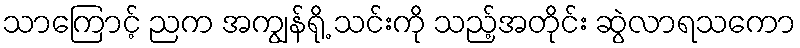
သာကြောင့် ညက အကျွန်ရို့ သင်းကို သည့်အတိုင်း ဆွဲလာရသကော